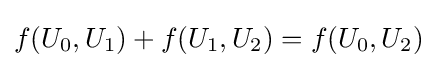
f(U_{0},U_{1})+f(U_{1},U_{2})=f(U_{0},U_{2})